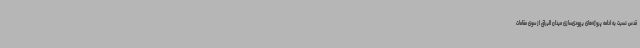
قدس نسبت به ادامه پروژه‌های یهودی‌سازی میدان البراق از سوی مقامات